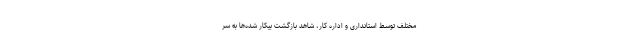
مختلف توسط استانداری و اداره کار، شاهد بازگشت بیکار شده‌ها به سر